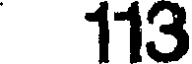
113